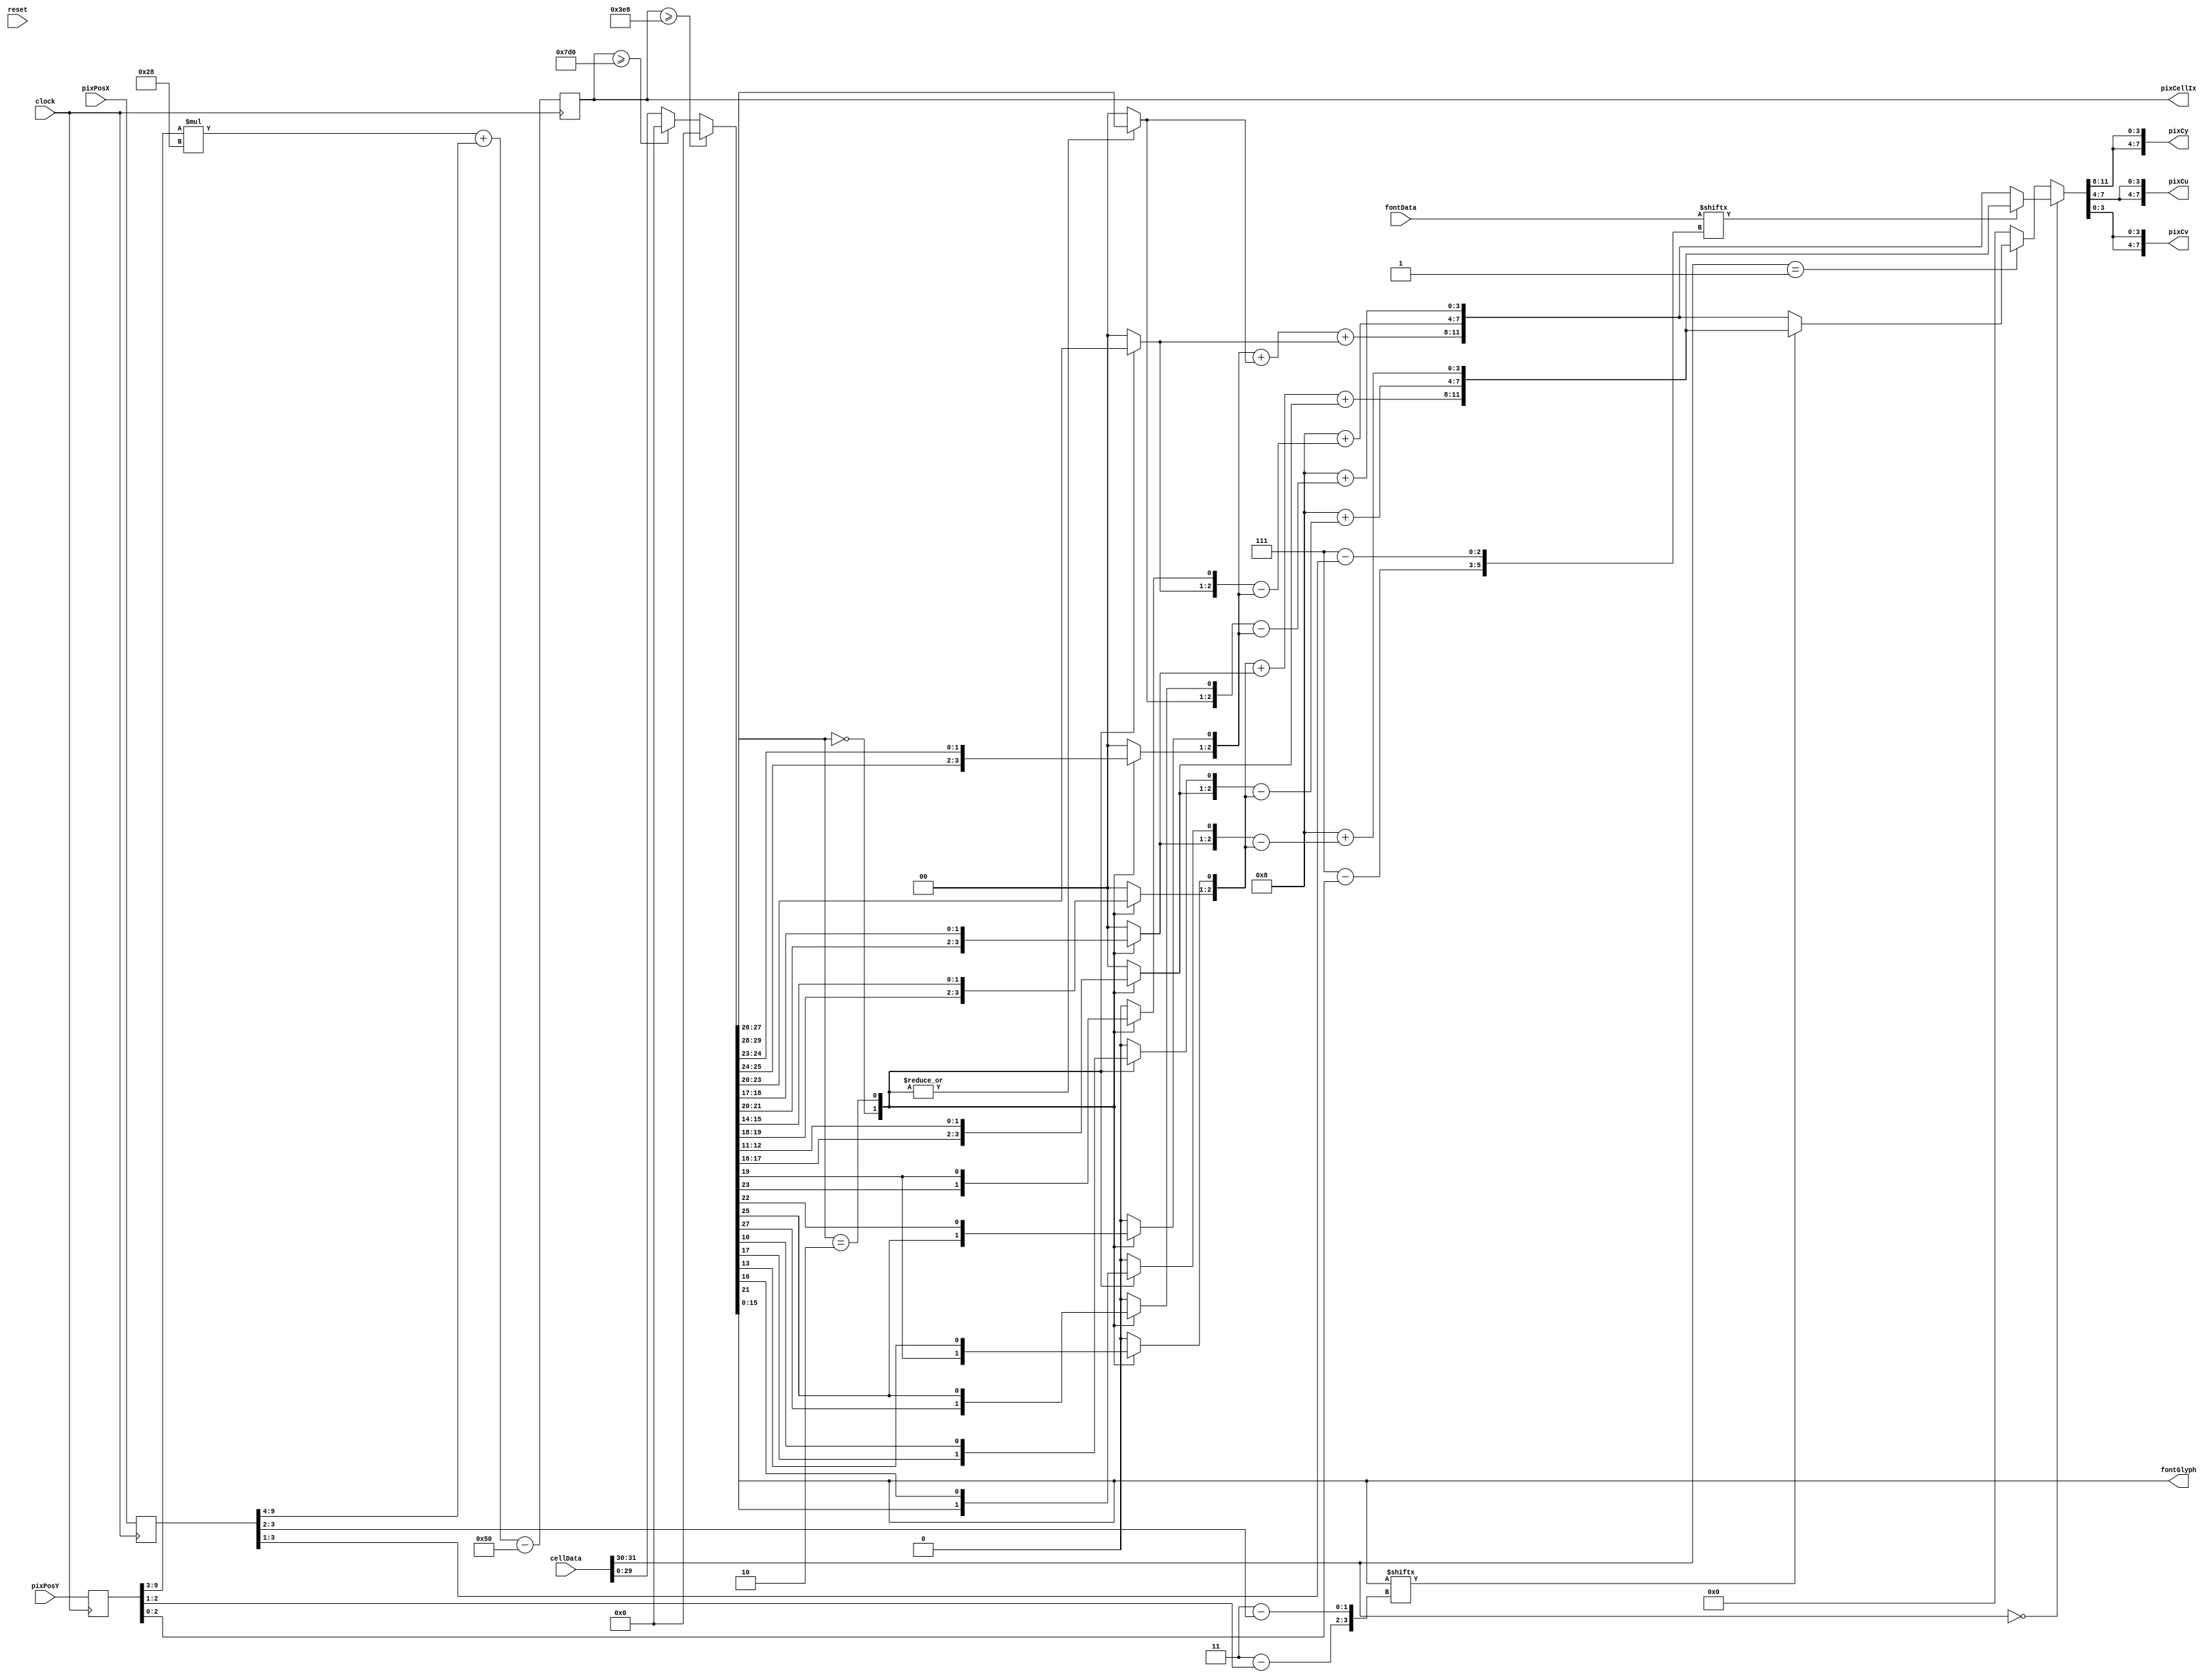
/*
Extended Text Mode display model.

Has 4|8kB of display memory, organized as 32-bit cells.
* 15:0,	Char or Pixel Bits
* 29:16, Color or Effect Bits
* 31:30, Cell Mode
** 00, Text Cell, 8x8, uses Font Memory
** 01, Graphics Cell, 4x4x1

Mode 0/1:
* 21,16: ColorA
* 27,22: ColorB
** Colors: rrggbb
** 0, 85, 170, 255

Text Cell:
*  7:0, Glyph
* 11:8, Font
* 15:12, Effect
** Strike, Underline

 */

module ModFbTxt(clock, reset,
	pixPosX, pixPosY, pixCy, pixCu, pixCv,
	pixCellIx, cellData,
	fontGlyph, fontData);

/* verilator lint_off UNUSED */

input clock;
input reset;

input[9:0] pixPosX;
input[9:0] pixPosY;

output[7:0] pixCy;
output[7:0] pixCu;
output[7:0] pixCv;

output[13:0] pixCellIx;
input[31:0] cellData;

output[15:0] fontGlyph;
input[63:0] fontData;

reg[9:0]	tPixPosX;
reg[9:0]	tPixPosY;

reg[13:0]	tPixCellX;			//base cell X
reg[13:0]	tPixCellY;			//base cell Y

reg[13:0]	tPixCellIx;			//base cell index
reg[3:0]	tPixCellFx;			//base cell index

reg[13:0]	tPixCellNextIx;		//base cell index
reg[3:0]	tPixCellNextFx;		//pixel index (4x4)
reg[5:0]	tPixCellNextGx;		//glyph pix index (8x8)

reg[31:0]	tCellData;

reg[15:0]	tFontGlyph;
reg[63:0]	tFontData;

reg[5:0]	tClrA;
reg[5:0]	tClrB;
reg[8:0]	tClr9A;
reg[8:0]	tClr9B;

reg[11:0]	tClrRgbA;
reg[11:0]	tClrRgbB;

reg[11:0]	tClrYuvA;
reg[11:0]	tClrYuvB;
reg[11:0]	tClrYuvC;

reg[7:0]	tPixCy;
reg[7:0]	tPixCu;
reg[7:0]	tPixCv;

reg[11:0]	cbClrTab[63:0];

reg		useCol80;

assign	pixCellIx = tPixCellIx;
assign	fontGlyph = tFontGlyph;

assign	pixCy = tPixCy;
assign	pixCu = tPixCu;
assign	pixCv = tPixCv;

initial
begin
	cbClrTab[ 0]=12'h088;	cbClrTab[ 1]=12'h1A8;
	cbClrTab[ 2]=12'h2D8;	cbClrTab[ 3]=12'h3F8;
	cbClrTab[ 4]=12'h255;	cbClrTab[ 5]=12'h385;
	cbClrTab[ 6]=12'h5A5;	cbClrTab[ 7]=12'h6D5;
	cbClrTab[ 8]=12'h522;	cbClrTab[ 9]=12'h652;
	cbClrTab[10]=12'h782;	cbClrTab[11]=12'h9A2;
	cbClrTab[12]=12'h700;	cbClrTab[13]=12'h920;
	cbClrTab[14]=12'hA50;	cbClrTab[15]=12'hB80;
	cbClrTab[16]=12'h18A;	cbClrTab[17]=12'h2AA;
	cbClrTab[18]=12'h3DA;	cbClrTab[19]=12'h5FA;
	cbClrTab[20]=12'h358;	cbClrTab[21]=12'h588;
	cbClrTab[22]=12'h6A8;	cbClrTab[23]=12'h7D8;
	cbClrTab[24]=12'h625;	cbClrTab[25]=12'h755;
	cbClrTab[26]=12'h985;	cbClrTab[27]=12'hAA5;
	cbClrTab[28]=12'h902;	cbClrTab[29]=12'hA22;
	cbClrTab[30]=12'hB52;	cbClrTab[31]=12'hD82;
	cbClrTab[32]=12'h28D;	cbClrTab[33]=12'h3AD;
	cbClrTab[34]=12'h5DD;	cbClrTab[35]=12'h6FD;
	cbClrTab[36]=12'h55A;	cbClrTab[37]=12'h68A;
	cbClrTab[38]=12'h7AA;	cbClrTab[39]=12'h9DA;
	cbClrTab[40]=12'h728;	cbClrTab[41]=12'h958;
	cbClrTab[42]=12'hA88;	cbClrTab[43]=12'hBA8;
	cbClrTab[44]=12'hA05;	cbClrTab[45]=12'hB25;
	cbClrTab[46]=12'hD55;	cbClrTab[47]=12'hE85;
	cbClrTab[48]=12'h38F;	cbClrTab[49]=12'h5AF;
	cbClrTab[50]=12'h6DF;	cbClrTab[51]=12'h7FF;
	cbClrTab[52]=12'h65D;	cbClrTab[53]=12'h78D;
	cbClrTab[54]=12'h9AD;	cbClrTab[55]=12'hADD;
	cbClrTab[56]=12'h92A;	cbClrTab[57]=12'hA5A;
	cbClrTab[58]=12'hB8A;	cbClrTab[59]=12'hDAA;
	cbClrTab[60]=12'hB08;	cbClrTab[61]=12'hD28;
	cbClrTab[62]=12'hE58;	cbClrTab[63]=12'hF88;
end

// always @ (clock)
always @*
begin
	tPixCellX = 0;
	tPixCellY = 0;
	
//	useCol80 = 1;
	useCol80 = 0;
	tClrYuvC = 0;
	
	if(useCol80)
	begin
		tPixCellX[6:0] = tPixPosX[9:3];
		tPixCellY[6:0] = tPixPosY[9:3];
	//	tPixCellNextIx = tPixCellY*80 + tPixCellX;
		tPixCellNextIx = tPixCellY*80 + tPixCellX - 160;

		tPixCellNextFx[1:0] = 2'h2 - tPixPosX[2:1];
		tPixCellNextFx[3:2] = 2'h2 - tPixPosY[2:1];
		
		tPixCellNextGx[2:0]	= 3'h7 - tPixPosX[2:0];
		tPixCellNextGx[5:3]	= 3'h7 - tPixPosY[2:0];
	end
	else
	begin
		tPixCellX[5:0] = tPixPosX[9:4];
		tPixCellY[6:0] = tPixPosY[9:3];
		tPixCellNextIx = tPixCellY*40 + tPixCellX - 80;

		tPixCellNextFx[1:0] = 2'h3 - tPixPosX[3:2];
		tPixCellNextFx[3:2] = 2'h3 - tPixPosY[2:1];
		
		tPixCellNextGx[2:0]	= 3'h7 - tPixPosX[3:1];
		tPixCellNextGx[5:3]	= 3'h7 - tPixPosY[2:0];
	end
	
	tCellData = cellData;
	
//	tCellData = 32'h003F_0041;
//	tCellData = 32'h000C_0041;
//	tCellData[7:0]=tPixCellNextIx[7:0];

//	tCellData[17] = !tPixCellY[0];
//	tCellData[19] = !tPixCellY[1];
//	tCellData[21] = !tPixCellY[2];
//	tCellData[23] = tPixCellY[0];
//	tCellData[25] = tPixCellY[1];
//	tCellData[27] = tPixCellY[2];

	if(tPixCellIx >= 2000)
		tCellData = 0;
	if(!useCol80 && (tPixCellIx>=1000))
		tCellData = 0;

	tFontGlyph = tCellData[15:0];
	tClrA = tCellData[21:16];
	tClrB = tCellData[27:22];
	
	tClr9A = tCellData[18:10];
	tClr9B = tCellData[27:19];
	
	tClrRgbA = 0;
	tClrRgbB = 0;
	
	case(tCellData[29:28])
		2'b00: begin
			tClrRgbA[11:10]=tClrA[5:4];
			tClrRgbA[ 9: 8]=tClrA[5:4];
			tClrRgbA[ 7: 6]=tClrA[3:2];
			tClrRgbA[ 5: 4]=tClrA[3:2];
			tClrRgbA[ 3: 2]=tClrA[1:0];
			tClrRgbA[ 1: 0]=tClrA[1:0];

			tClrRgbB[11:10]=tClrB[5:4];
			tClrRgbB[ 9: 8]=tClrB[5:4];
			tClrRgbB[ 7: 6]=tClrB[3:2];
			tClrRgbB[ 5: 4]=tClrB[3:2];
			tClrRgbB[ 3: 2]=tClrB[1:0];
			tClrRgbB[ 1: 0]=tClrB[1:0];
		end

		2'b10: begin
			tClrRgbA[11: 9]=tClr9A[8:6];
			tClrRgbA[ 7: 5]=tClr9A[5:3];
			tClrRgbA[ 3: 1]=tClr9A[2:0];

			tClrRgbB[11: 9]=tClr9B[8:6];
			tClrRgbB[ 7: 5]=tClr9B[5:3];
			tClrRgbB[ 3: 1]=tClr9B[2:0];
		end
		
		default: begin end
	endcase
	
	tClrYuvA[11:8]=
		{1'b0, tClrRgbA[ 7: 5]}+
		{2'b0, tClrRgbA[11:10]}+
		{2'b0, tClrRgbA[ 3: 2]};
	tClrYuvB[11:8]=
		{1'b0, tClrRgbB[ 7: 5]}+
		{2'b0, tClrRgbB[11:10]}+
		{2'b0, tClrRgbB[ 3: 2]};
	tClrYuvA[7:4]=4'h8+(tClrRgbA[ 3: 1]-tClrRgbA[ 7: 5]);
	tClrYuvB[7:4]=4'h8+(tClrRgbB[ 3: 1]-tClrRgbB[ 7: 5]);
	tClrYuvA[3:0]=4'h8+(tClrRgbA[11: 9]-tClrRgbA[ 7: 5]);
	tClrYuvB[3:0]=4'h8+(tClrRgbB[11: 9]-tClrRgbB[ 7: 5]);
	
//	tClrYuvA = cbClrTab[tClrA];
//	tClrYuvB = cbClrTab[tClrB];
	tFontData = fontData;

//	tFontData = 64'h0010_3844_7C44_4400;
//	tClrYuvA = 12'hF88;

	if(cellData[31:30]==2'b00)
		tClrYuvC = (tFontData[tPixCellNextGx]) ? tClrYuvA : tClrYuvB;
	else if(cellData[31:30]==2'b01)
		tClrYuvC = (tFontGlyph[tPixCellNextFx]) ? tClrYuvA : tClrYuvB;
	
	tPixCy[7:4] = tClrYuvC[11:8];	tPixCy[3:0] = tClrYuvC[11:8];
	tPixCu[7:4] = tClrYuvC[7:4];	tPixCu[3:0] = tClrYuvC[7:4];
	tPixCv[7:4] = tClrYuvC[3:0];	tPixCv[3:0] = tClrYuvC[3:0];
	
//	tPixCy=128;
//	tPixCu=255;
//	tPixCv=255;
end


always @ (posedge clock)
begin

	tPixPosX		<= pixPosX;
	tPixPosY		<= pixPosY;

	tPixCellIx		<= tPixCellNextIx;
	tPixCellFx		<= tPixCellNextFx;

end

endmodule